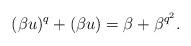
LaTeX: \begin{align*} (\beta u)^q+(\beta u)=\beta +\beta ^{q^2}.\end{align*}